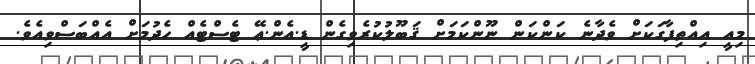
މިއީ އިއްތިފާގަކަށް ވެދާނެ ކަންކަން ނޫންކަމަށް ޤަބޫލުކުރެވިގެން ޑީ.އެން.ޢޭ ޓެސްޓެއް ހެދުމަށް އެއްބަސްވިއެވެ.